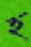
হ